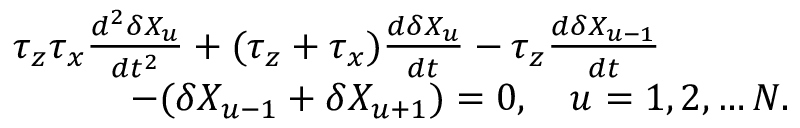
\begin{array} { r l } & { \tau _ { z } \tau _ { x } \frac { d ^ { 2 } \delta X _ { u } } { d t ^ { 2 } } + ( \tau _ { z } + \tau _ { x } ) \frac { d \delta X _ { u } } { d t } - \tau _ { z } \frac { d \delta X _ { u - 1 } } { d t } } \\ & { ~ ~ ~ ~ ~ ~ ~ ~ ~ - ( \delta X _ { u - 1 } + \delta X _ { u + 1 } ) = 0 , ~ ~ ~ u = 1 , 2 , \dots N . } \end{array}